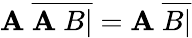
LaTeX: \mathbf{A}\ {\overline{{{\mathbf{A}\ B|}}}}=\mathbf{A}\ {\overline{{{B|}}}}